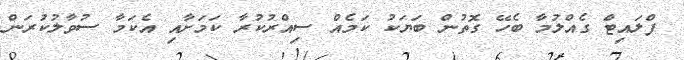
ފްލައިޓް ގެއްލުމާ ބެހޭ ގޮތުން ބަޔަކު ކަމެއް ސިއްރުކުރާ ކަމަށާއި އެކަމާ ސުވާލުކުރަން